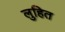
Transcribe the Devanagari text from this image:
लुहित